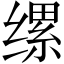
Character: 缧